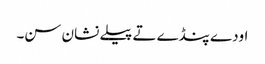
اودے پنڈے تے پیلے نشان سن۔